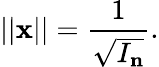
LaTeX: ||\mathbf{x}||={\frac{1}{\sqrt{I_{\mathbf{n}}}}}.